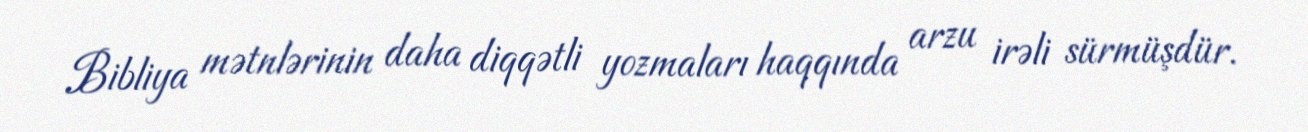
Bibliya mətnlərinin daha diqqətli yozmaları haqqında arzu irəli sürmüşdür.